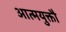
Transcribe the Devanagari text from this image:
आत्मयुक्तौ